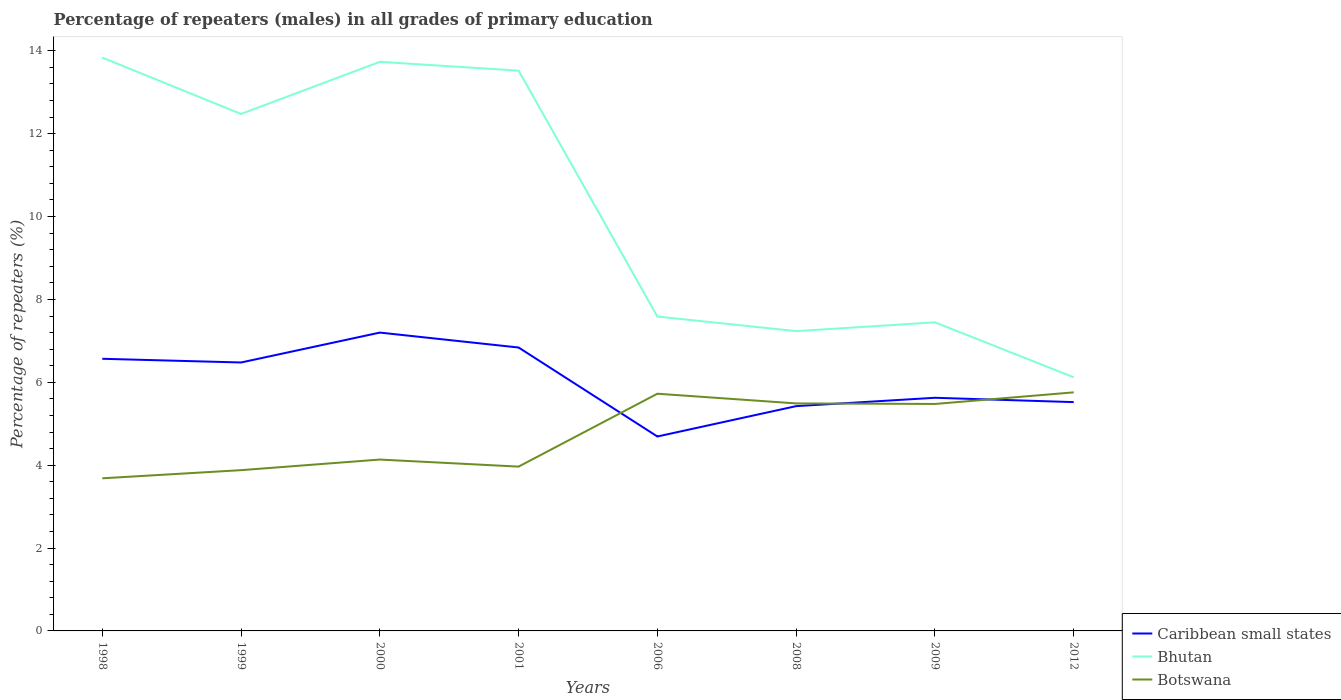
| Years | Caribbean small states | Bhutan | Botswana |
 | --- | --- | --- | --- |
 | 1998 | 6.57 | 13.8 | 3.68 |
 | 1999 | 6.48 | 12.5 | 3.88 |
 | 2000 | 7.2 | 13.7 | 4.14 |
 | 2001 | 6.84 | 13.5 | 3.97 |
 | 2006 | 4.69 | 7.59 | 5.72 |
 | 2008 | 5.42 | 7.24 | 5.49 |
 | 2009 | 5.63 | 7.45 | 5.48 |
 | 2012 | 5.52 | 6.12 | 5.76 |